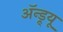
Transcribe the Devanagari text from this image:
अॅन्ड्र्यू